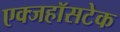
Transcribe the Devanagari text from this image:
एक्जहॉसटेक